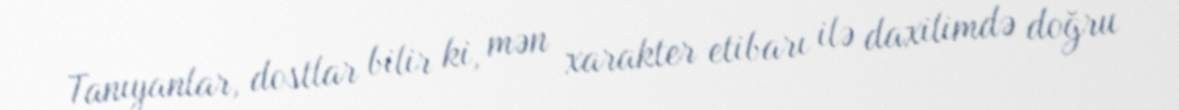
Tanıyanlar, dostlar bilir ki, mən xarakter etibarı ilə daxilimdə doğru